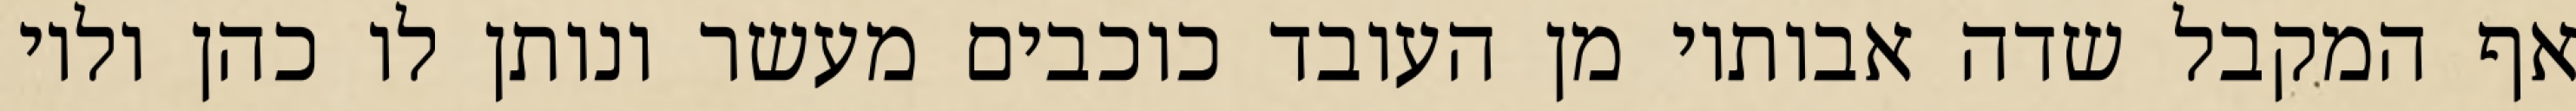
אף המקבל שדה אבותיו מן העובד כוכבים מעשר ונותן לו כהן ולוי